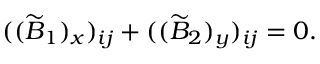
( ( \widetilde { B } _ { 1 } ) _ { x } ) _ { i j } + ( ( \widetilde { B } _ { 2 } ) _ { y } ) _ { i j } = 0 .